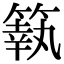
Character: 䉅